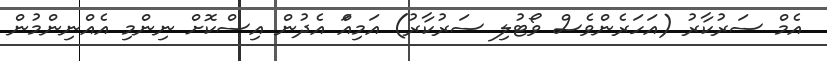
އެމް ސަރުކާރު (އަހަރެންވެސް ވޯޓުލި ސަރުކާރު) އަމިއްަ އެދުން އިސްކޮށް ނިންމި އެއްނިންމުން